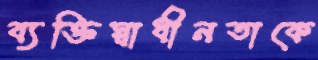
ব্যক্তিস্বাধীনতাকে